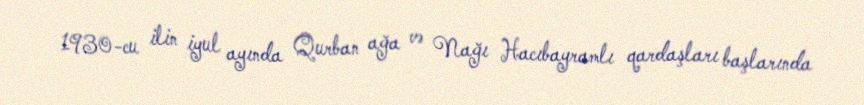
1930-cu ilin iyul ayında Qurban ağa və Nağı Hacıbayramlı qardaşları başlarında